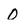
Character: 0